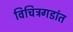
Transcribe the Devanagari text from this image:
विचित्रगडांत